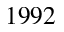
1 9 9 2